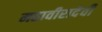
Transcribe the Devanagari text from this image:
महावीरादेवी